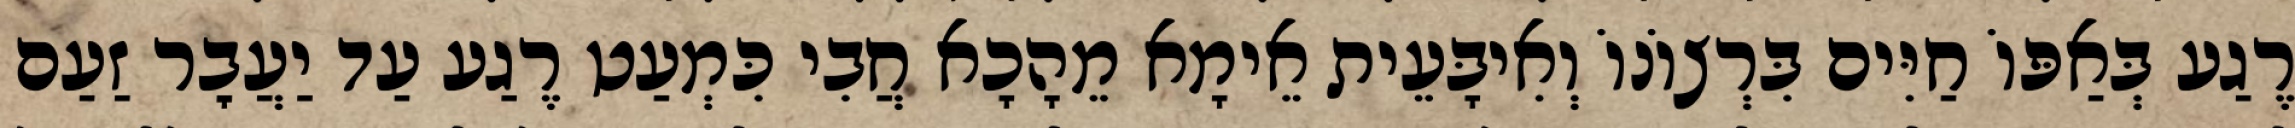
רֶגַע בְּאַפּוֹ חַיִּים בִּרְצוֹנוֹ וְאִיבָּעֵית אֵימָא מֵהָכָא חֲבִי כִּמְעַט רֶגַע עַד יַעֲבׇר זַעַם